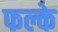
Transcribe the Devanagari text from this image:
फल्के